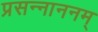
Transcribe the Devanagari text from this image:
प्रसन्नाननम्